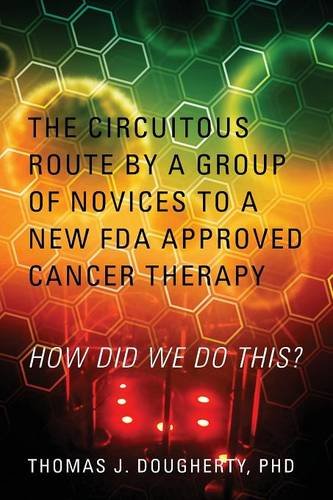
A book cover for The Circuitous Route by a Group of Novices to a New FDA Approved Cancer Therapy: HOW DID WE DO THIS?; PhD Thomas J. Dougherty; Medical Books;